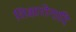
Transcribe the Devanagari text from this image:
शिक्षारोगादि